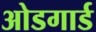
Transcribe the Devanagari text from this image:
ओडगार्ड